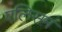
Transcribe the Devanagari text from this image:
एलिसम